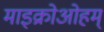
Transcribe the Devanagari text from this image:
माइक्रोओहम्‌